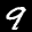
Label: 9